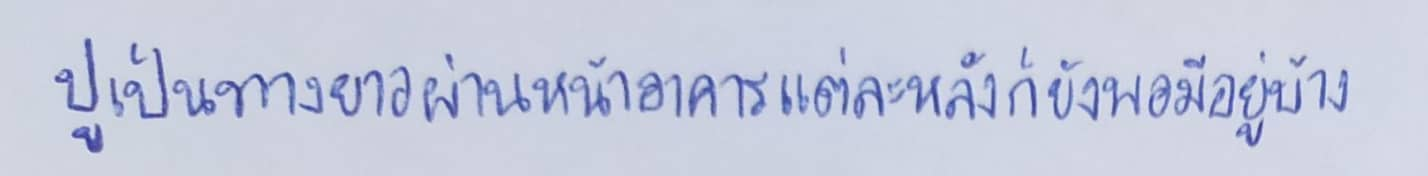
ปูเป็นทางยาวผ่านหน้าอาคารแต่ละหลังก็ยังพอมีอยู่บ้าง